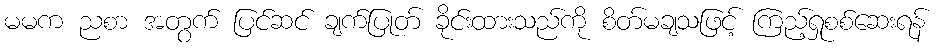
မမက ညစာ အတွက် ပြင်ဆင် ချက်ပြုတ် ခိုင်းထားသည်ကို စိတ်မချသဖြင့် ကြည့်ရှုစစ်ဆေးရန်